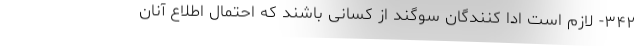
۳۴۲- لازم است ادا کنندگان سوگند از کسانی باشند که احتمال اطلاع آنان